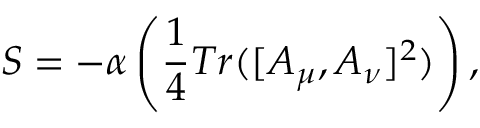
S = - \alpha \left( \frac { 1 } { 4 } T r ( [ A _ { \mu } , A _ { \nu } ] ^ { 2 } ) \right) ,